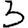
Digit: 3